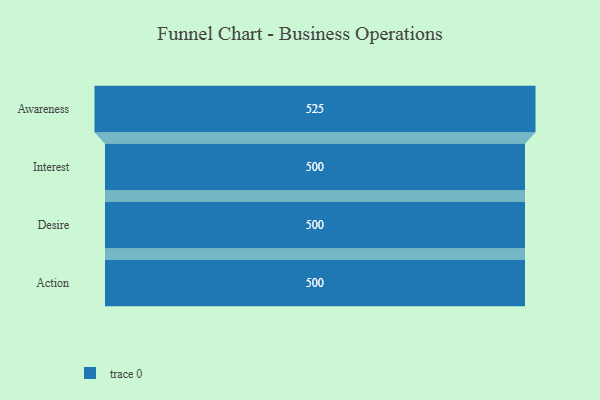
{"axis": {"x": "Stage", "y": "Value"}, "legend": [""], "data": [{"x": "Awareness", "y": 525.0, "type": ""}, {"x": "Interest", "y": 500, "type": ""}, {"x": "Desire", "y": 500, "type": ""}, {"x": "Action", "y": 500, "type": ""}]}